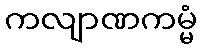
ကလျာဏကမ္မံ